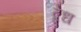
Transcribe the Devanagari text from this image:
द्वेध